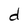
Character: d